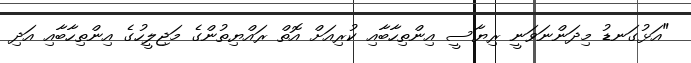
"އަޅުގަނޑު މިދަންނަވަނީ ރިޔާސީ އިންތިހާބާއި ކުރިއަށް އޮތް ރައްޔިތުންގެ މަޖިލީހުގެ އިންތިހާބާއި އަދި